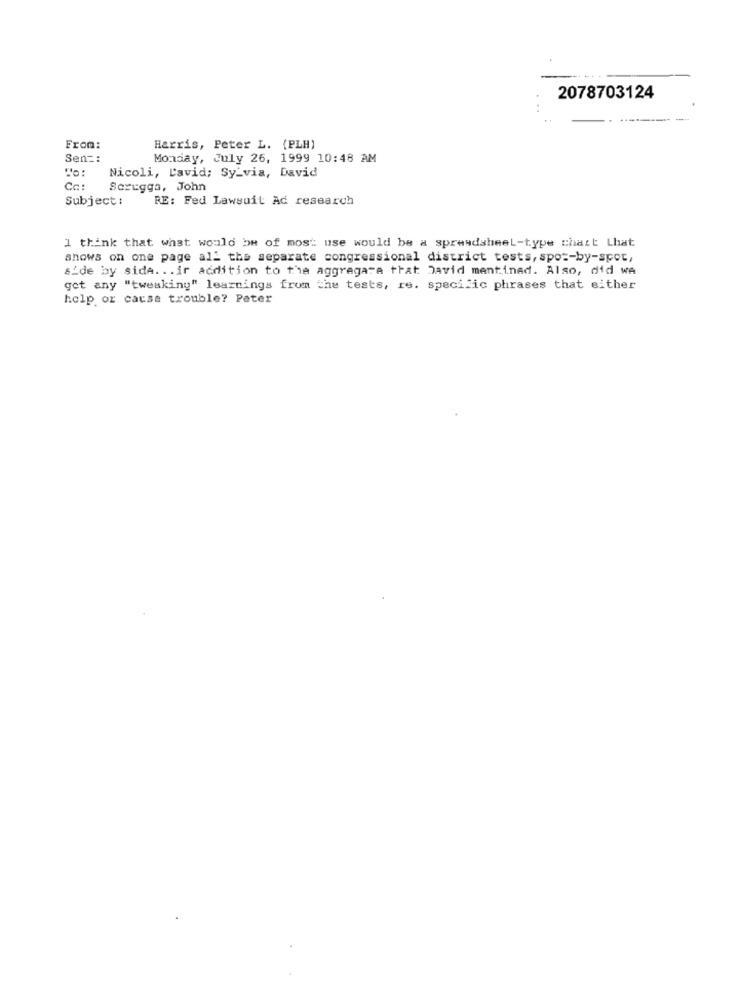
2078703124
-
From:
Harris, Peter L. (PLH)
Sen =:
Monday, July 26, 1999 10:48 AM
Nicoli, David; Sy_via, David
Ca:
Scruggs, John
Subject:
RE: Fed Lawsuit Ad research
I think that what would be of most use would be a spreadsheet-type chatt Lhat
shows on one page all the separate congressional district tests, spo =- by-spot,
side by side. . . ir addition to the aggregate that David mentined. Also, did we
get any "tweaking" learnings from the tests, re. specific phrases that either
help or cause trouble? Pater